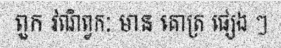
ពួក វណិព្វកៈ មាន គោត្រ ផ្សេង ៗ